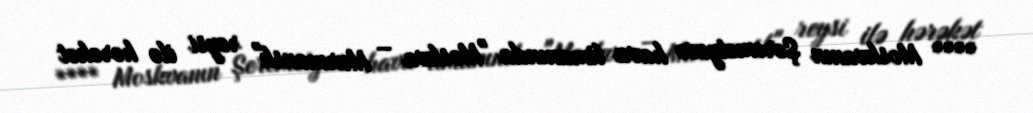
**** Moskvanın Şeremetyevo hava limanında "Moskva – Murmansk" reysi ilə hərəkət